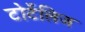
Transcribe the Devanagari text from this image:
टोर्टेलिज